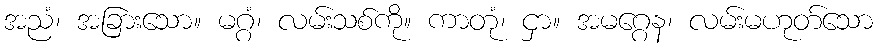
အညံ၊ အခြားသော။ မဂ္ဂံ၊ လမ်းသစ်ကို။ ကာတုံ၊ ငှာ။ အမဂ္ဂေန၊ လမ်းမဟုတ်သော